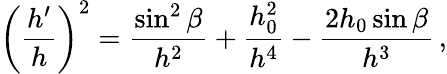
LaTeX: \left(\frac{h^{\prime}}{h}\right)^{2}=\frac{\sin^{2}\beta}{h^{2}}+\frac{h_{0}^{2}}{h^{4}}-\frac{2h_{0}\sin\beta}{h^{3}}\, ,